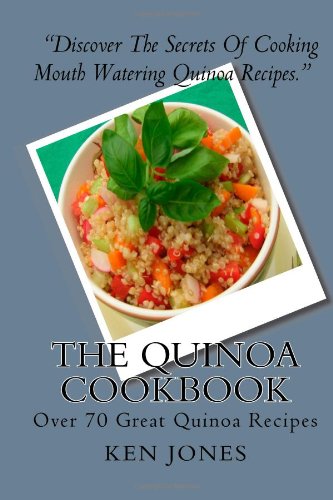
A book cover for The Quinoa Cookbook: Over 70 Great Quinoa Recipes; Ken Jones; Crafts, Hobbies & Home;